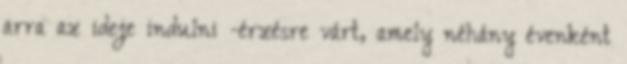
arra az ideje indulni -érzésre várt, amely néhány évenként